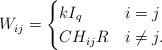
LaTeX: \begin{align*}W_{ij} & =\begin{cases}kI_q & i=j \\ C H_{ij}R & i\ne j.\end{cases}\end{align*}